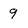
Character: 9